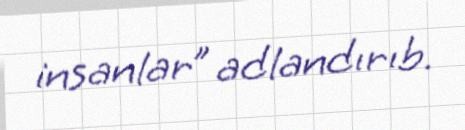
insanlar” adlandırıb.